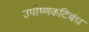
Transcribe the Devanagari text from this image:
उपोष्णकटिबंध